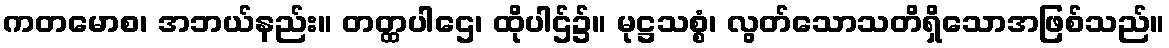
ကတမောစ၊ အဘယ်နည်း။ တတ္ထပါဌေ၊ ထိုပါဌ်၌။ မုဋ္ဌသစ္စံ၊ လွတ်သောသတိရှိသောအဖြစ်သည်။